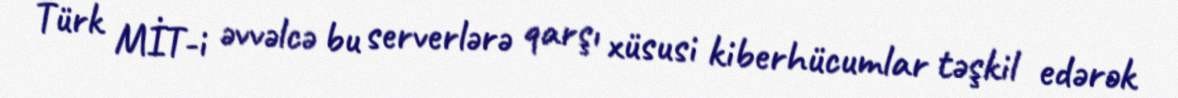
Türk MİT-i əvvəlcə bu serverlərə qarşı xüsusi kiberhücumlar təşkil edərək